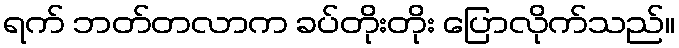
ရက် ဘတ်တလာက ခပ်တိုးတိုး ပြောလိုက်သည်။